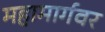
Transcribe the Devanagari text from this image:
महामार्गवर